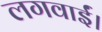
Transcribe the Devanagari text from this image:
लगवाईं।